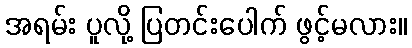
အရမ်း ပူလို့ ပြတင်းပေါက် ဖွင့်မလား။